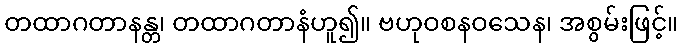
တထာဂတာနန္တ၊ တထာဂတာနံဟူ၍။ ဗဟုဝစနဝသေန၊ အစွမ်းဖြင့်။